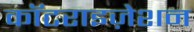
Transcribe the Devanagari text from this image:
कॉटराइज़ेशन